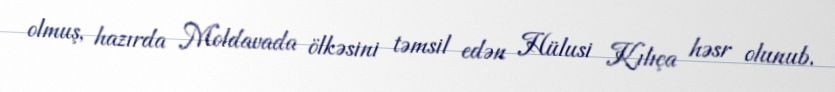
olmuş, hazırda Moldavada ölkəsini təmsil edən Hülusi Kılıça həsr olunub.